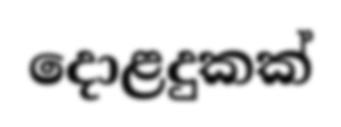
දොළදුකක්